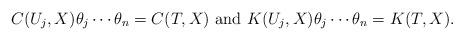
LaTeX: \begin{align*}C(U_j,X)\theta_j \cdots \theta_n=C(T,X) \mbox{ and } K(U_j,X)\theta_j \cdots \theta_n = K(T,X).\end{align*}